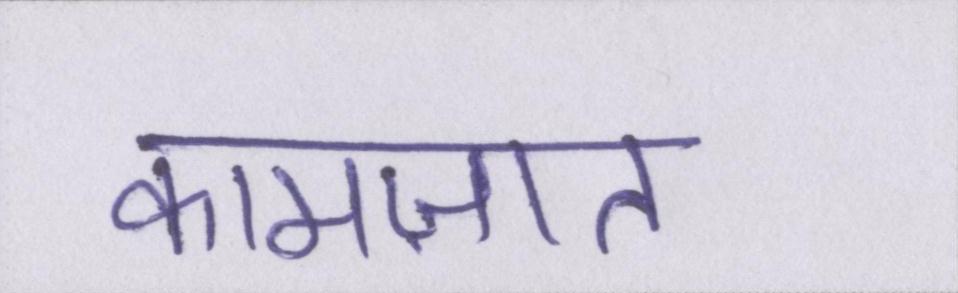
कामज़ात